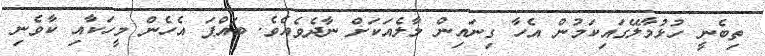
ތިބެނީ ހުޅުމާލޭގައިކަމުން އެހާ ގިނައިން މާލެއަކަށް ނާދެވެއެވެ. ބައްޕަ އެހެން މީހަކާއި ކާވެނި